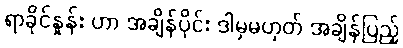
ရာခိုင်နှုန်း ဟာ အချိန်ပိုင်း ဒါမှမဟုတ် အချိန်ပြည့်